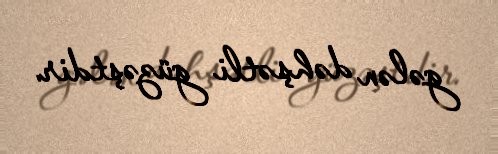
gələn dəhşətli güzəştdir.